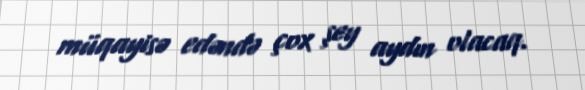
müqayisə edəndə çox şey aydın olacaq.